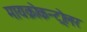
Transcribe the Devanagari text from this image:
मायक्रोकन्ट्रोलर